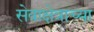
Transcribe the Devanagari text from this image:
सेवाक्षेत्राच्या